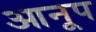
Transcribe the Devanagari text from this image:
आनूप